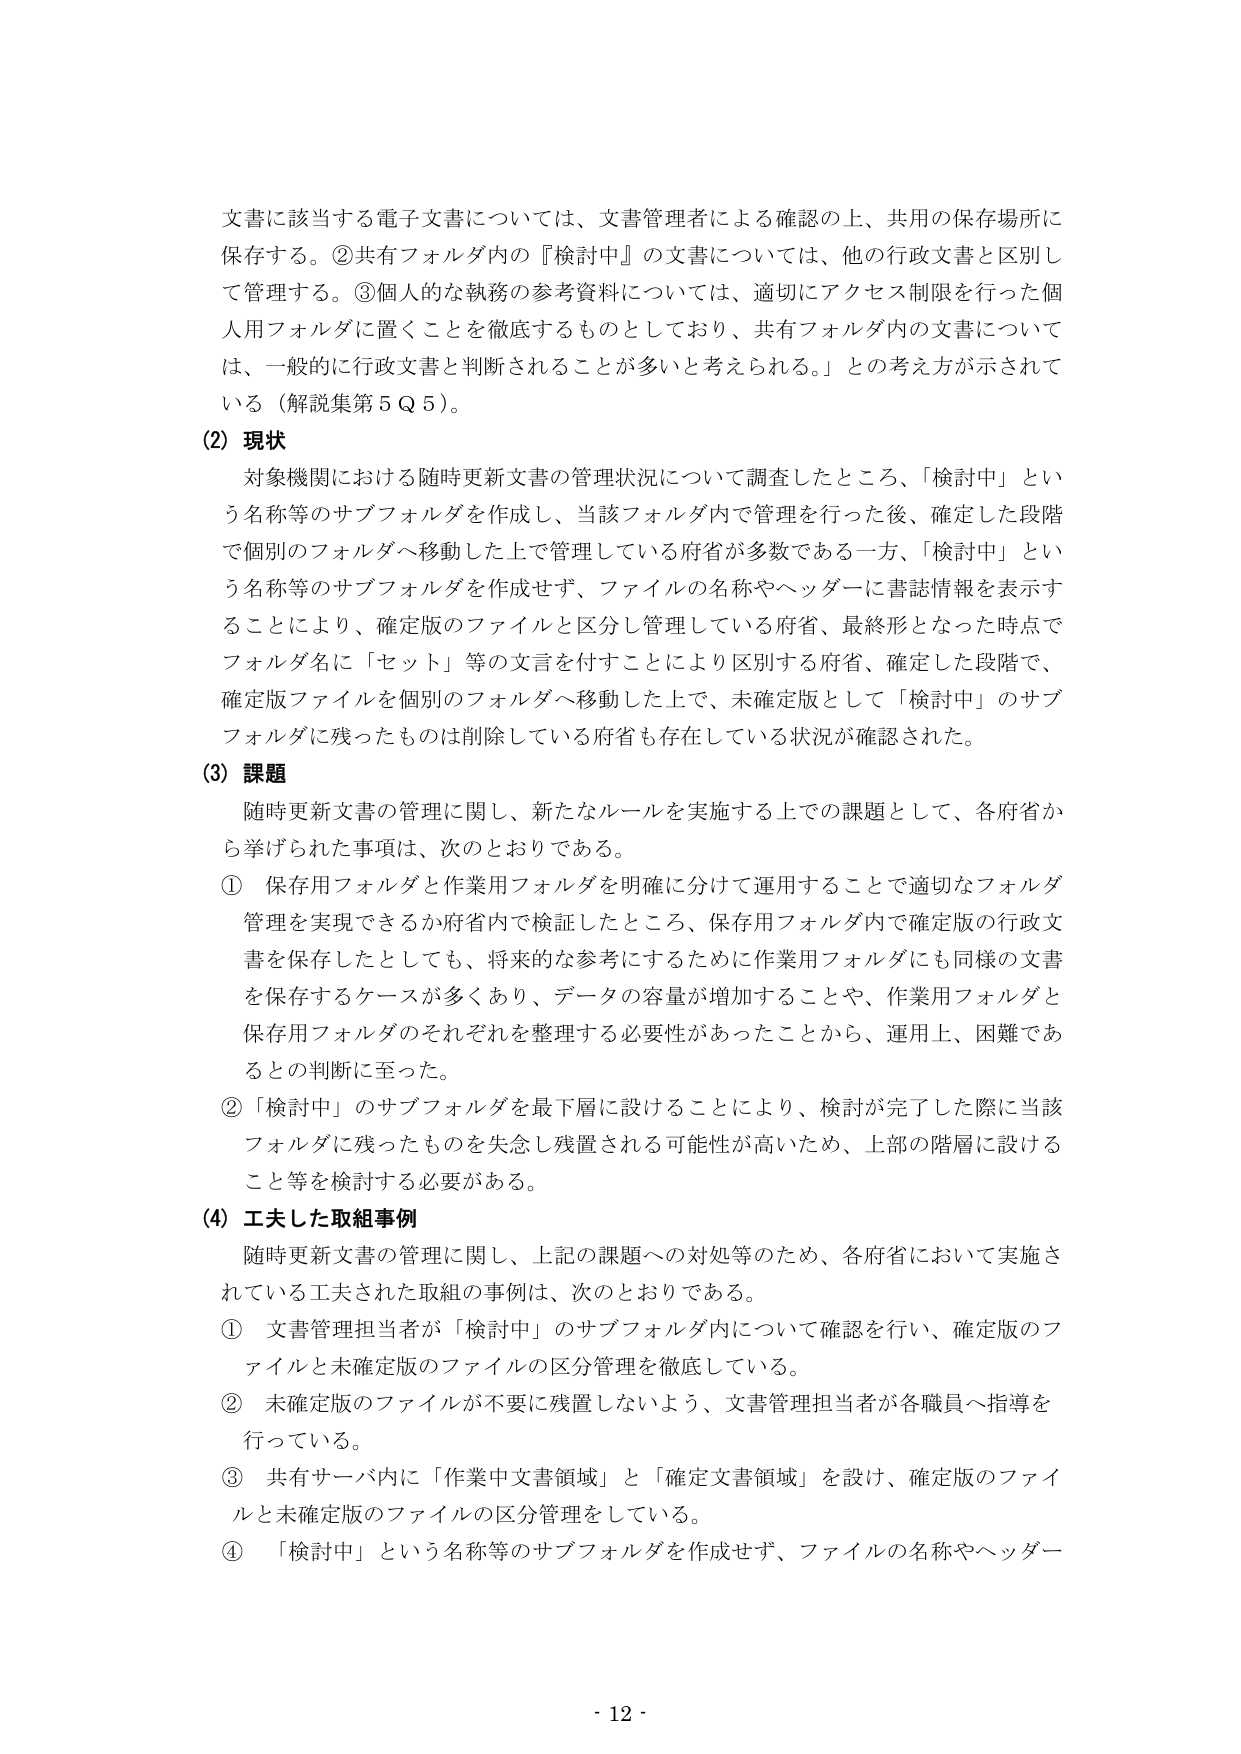
文書に該当する電子文書については、文書管理者による確認の上、共用の保存場所に保存する。②共有フォルダ内の『検討中』の文書については、他の行政文書と区別して管理する。③個人的な執務の参考資料については、適切にアクセス制限を行った個人用フォルダに置くことを徹底するものとしており、共有フォルダ内の文書については、一般的に行政文書と判断されることが多いと考えられる。」との考え方が示されている（解説集第5Q5）。

(2) 現状
対象機関における随時更新文書の管理状況について調査したところ、「検討中」という名称等のサブフォルダを作成し、当該フォルダ内で管理を行った後、確定した段階で個別のフォルダへ移動した上で管理している府省が多数である一方、「検討中」という名称等のサブフォルダを作成せず、ファイルの名称やヘッダーに書誌情報を表示することにより、確定版のファイルと区分し管理している府省、最終形となった時点でフォルダ名に「セット」等の文言を付すことにより区別する府省、確定した段階で、確定版ファイルを個別のフォルダへ移動した上で、未確定版として「検討中」のサブフォルダに残ったものは削除している府省も存在している状況が確認された。

(3) 課題
随時更新文書の管理に関し、新たなルールを実施する上での課題として、各府省から挙げられた事項は、次のとおりである。
① 保存用フォルダと作業用フォルダを明確に分けて運用することで適切なフォルダ管理を実現できるか府省内で検証したところ、保存用フォルダ内で確定版の行政文書を保存したとしても、将来的な参考にするために作業用フォルダにも同様の文書を保存するケースが多くあり、データの容量が増加することや、作業用フォルダと保存用フォルダのそれぞれを整理する必要性があったことから、運用上、困難であるとの判断に至った。
② 「検討中」のサブフォルダを最下層に設けることにより、検討が完了した際に当該フォルダに残ったものを失念し残置される可能性が高いため、上部の階層に設けること等を検討する必要がある。

(4) 工夫した取組事例
随時更新文書の管理に関し、上記の課題への対処等のため、各府省において実施されている工夫された取組の事例は、次のとおりである。
① 文書管理担当者が「検討中」のサブフォルダ内について確認を行い、確定版のファイルと未確定版のファイルの区分管理を徹底している。
② 未確定版のファイルが不要に残置しないよう、文書管理担当者が各職員へ指導を行っている。
③ 共有サーバ内に「作業中文書領域」と「確定文書領域」を設け、確定版のファイルと未確定版のファイルの区分管理をしている。
④ 「検討中」という名称等のサブフォルダを作成せず、ファイルの名称やヘッダー

- 12 -